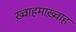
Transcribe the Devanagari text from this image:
ख़्वाहमाख़्वाह